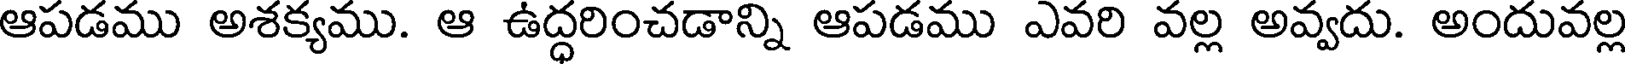
ఆపడము అశక్యము. ఆ ఉద్ధరించడాన్ని ఆపడము ఎవరి వల్ల అవ్వదు. అందువల్ల